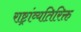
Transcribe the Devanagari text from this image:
राष्ट्रांव्यतिरिक्त